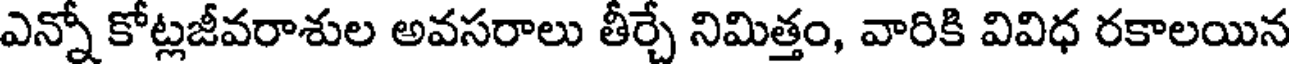
ఎన్నో కోట్లజీవరాశుల అవసరాలు తీర్చే నిమిత్తం, వారికి వివిధ రకాలయిన